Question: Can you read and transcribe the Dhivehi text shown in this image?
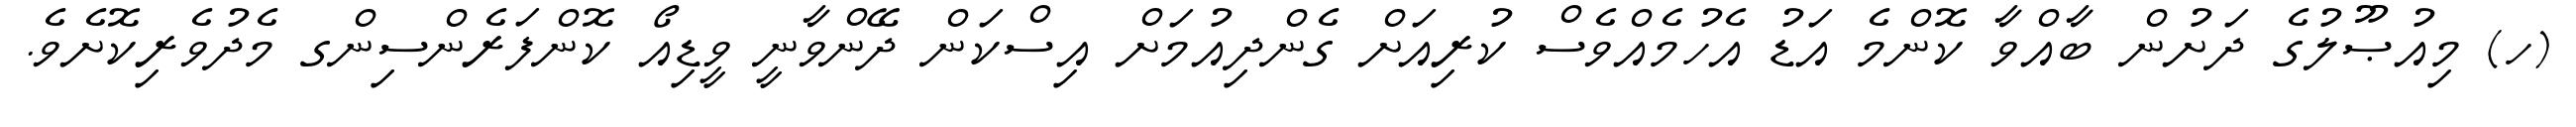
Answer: (ހ) މިއުޞޫލުގެ ދަށުން ބާއްވާ ކޮންމެ އަޑު އެހުމެއްވެސް ކުރިއަށް ގެންދިއުމަށް އިސްކަން ދޭންވާނީ ވީޑިއޯ ކޮންފަރެންސިންގ މެދުވެރިކޮށެވެ.